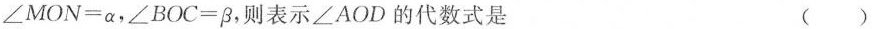
$$∠ M O N = α$$，$$∠ B O C = β$$，则表示∠AOD的代数式是 ( )